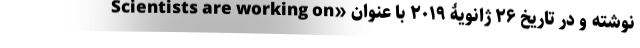
نوشته و در تاریخ ۲۶ ژانویۀ ۲۰۱۹ با عنوان «Scientists are working on